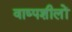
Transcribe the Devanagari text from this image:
वाष्पशीलों